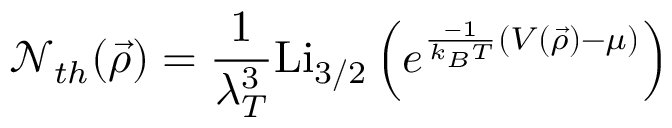
\mathcal { N } _ { t h } ( \vec { \rho } ) = \frac { 1 } { \lambda _ { T } ^ { 3 } } \mathrm { L i } _ { 3 / 2 } \left( e ^ { \frac { - 1 } { k _ { B } T } ( V ( \vec { \rho } ) - \mu ) } \right)